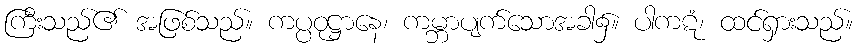
ကြီးသည်၏ အဖြစ်သည်။ ကပ္ပဝုဋ္ဌာနေ၊ ကမ္ဘာပျက်သောအခါ၌။ ပါကဋံ၊ ထင်ရှားသည်။